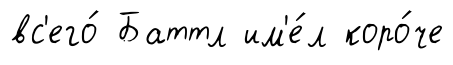
вс'его́ Баттл им'е́л коро́че